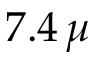
7 . 4 \, \mu